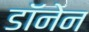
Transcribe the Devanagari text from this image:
डॉनेन